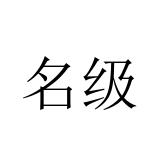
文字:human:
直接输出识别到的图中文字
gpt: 名级